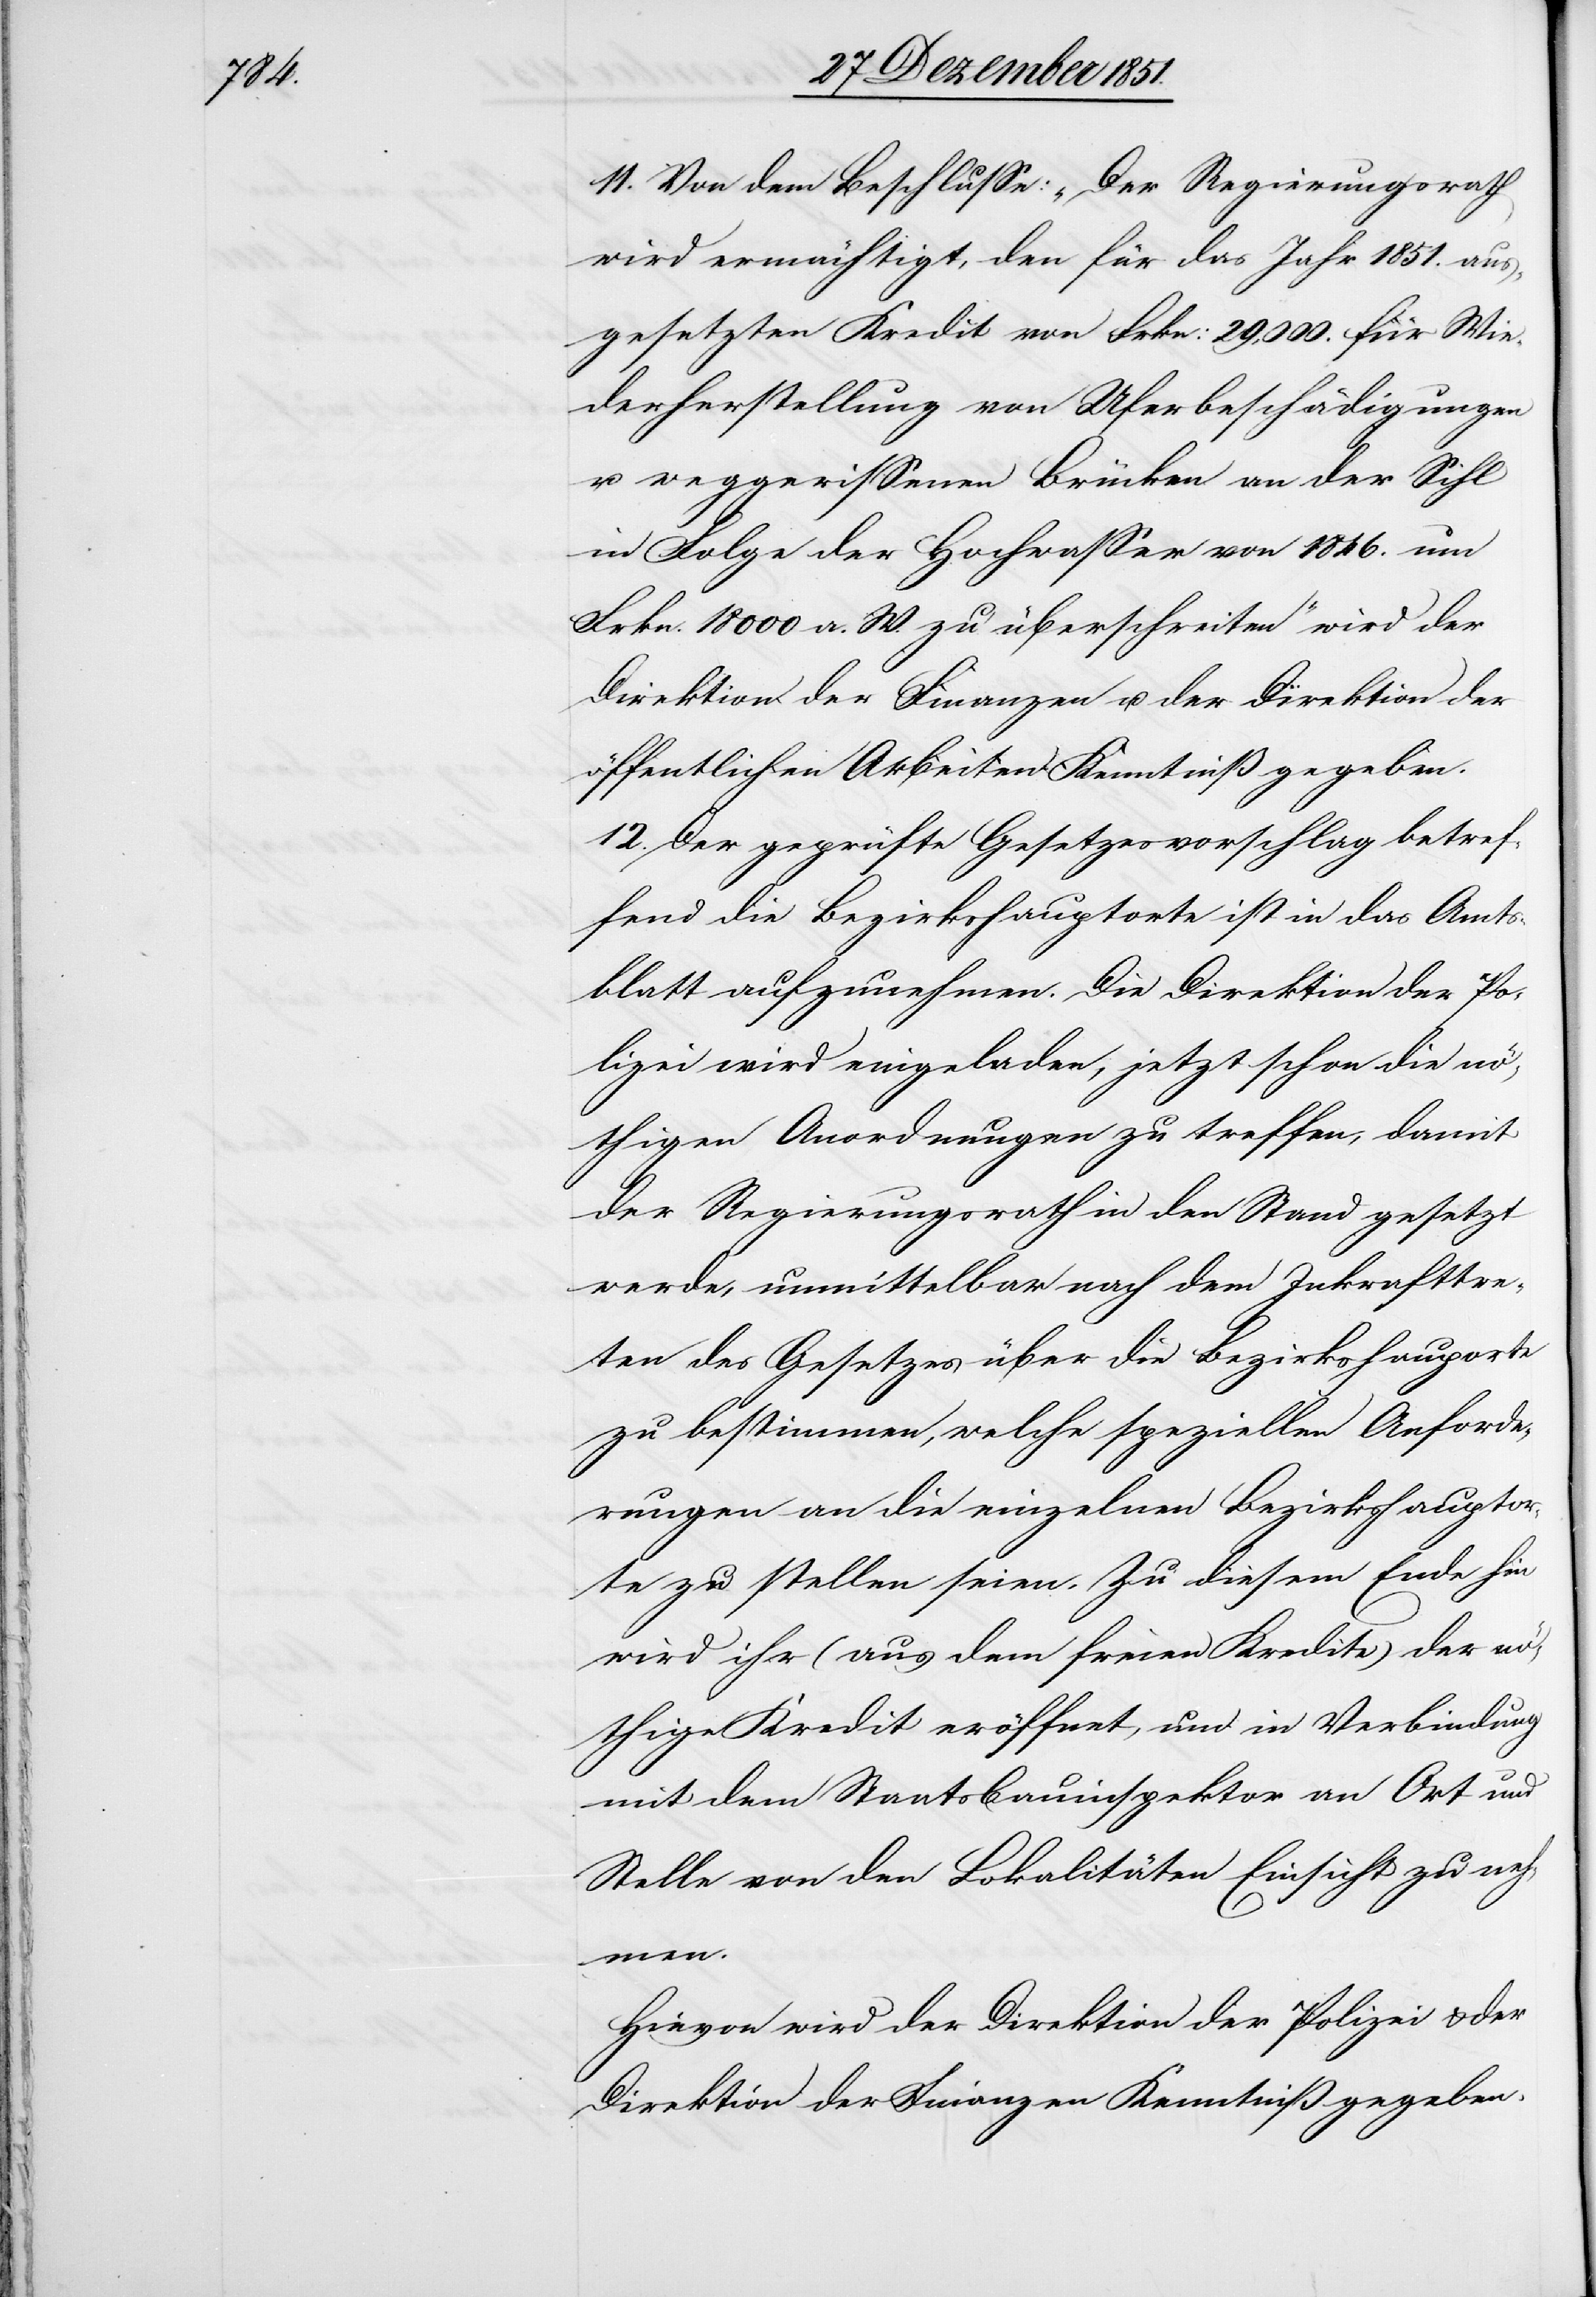
11. Von dem Beschlusse: „Der Regierungsrath
wird ermächtigt, den für das Jahr 1851. aus¬
gesetzten Kredit von Frkn: 29,000. für Wie¬
derherstellung von Uferbeschädigungen
u. weggerissenen Brücken an der Sihl
in Folge der Hochwasser von 1846. um
Frkn. 18 000 a. W. zu überschreiten“ wird der
Direktion der Finanzen u. der Direktion der
öffentlichen Arbeiten Kenntniß gegeben.
12. Der geprüfte Gesetzesvorschlag betref¬
fend die Bezirkshauptorte ist in das Amts¬
blatt aufzunehmen. Die Direktion der Po¬
lizei wird eingeladen, jetzt schon die nö¬
thigen Anordnungen zu treffen, damit
der Regierungsrath in den Stand gesetzt
werde, unmittelbar nach dem Inkrafttre¬
ten des Gesetzes über die Bezirkshauptorte
zu bestimmen, welche speziellen Anforde¬
rungen an die einzelnen Bezirkshauptor¬
te zu stellen seien. Zu diesem Ende hin
wird ihr (aus dem freien Kredite) der nö¬
thige Kredit eröffnet, um in Verbindung
mit dem Staatsbauinspektor an Ort und
Stelle von den Lokalitäten Einsicht zu neh¬
men.
Hievon wird der Direktion der Polizei & der
Direktion der Finanzen Kenntniß gegeben.